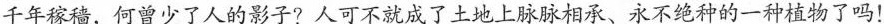
千年稼墙，何曾少了人的影子？人可不就成了土地上脉脉相承、永不绝种的一种植物了吗！